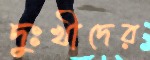
দুঃখীদের